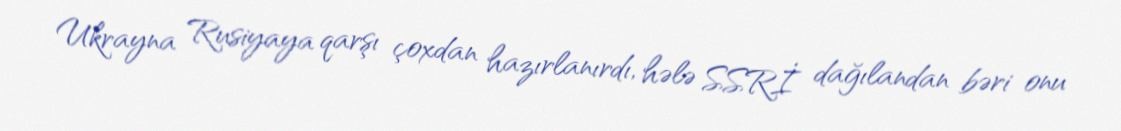
Ukrayna Rusiyaya qarşı çoxdan hazırlanırdı, hələ SSRİ dağılandan bəri onu